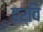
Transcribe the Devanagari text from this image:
हर्वि